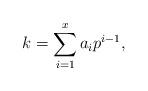
LaTeX: \begin{align*}k = \sum_{i=1}^x a_i p^{i-1},\end{align*}